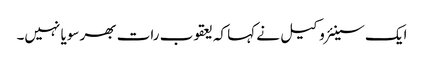
ایک سینئر وکیل نے کہا کہ یعقوب رات بھر سویا نہیں۔